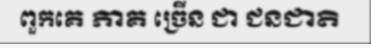
ពួកគេ ភាគ ច្រើន ជា ជនជាតិ